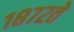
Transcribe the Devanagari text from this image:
१८७२ते